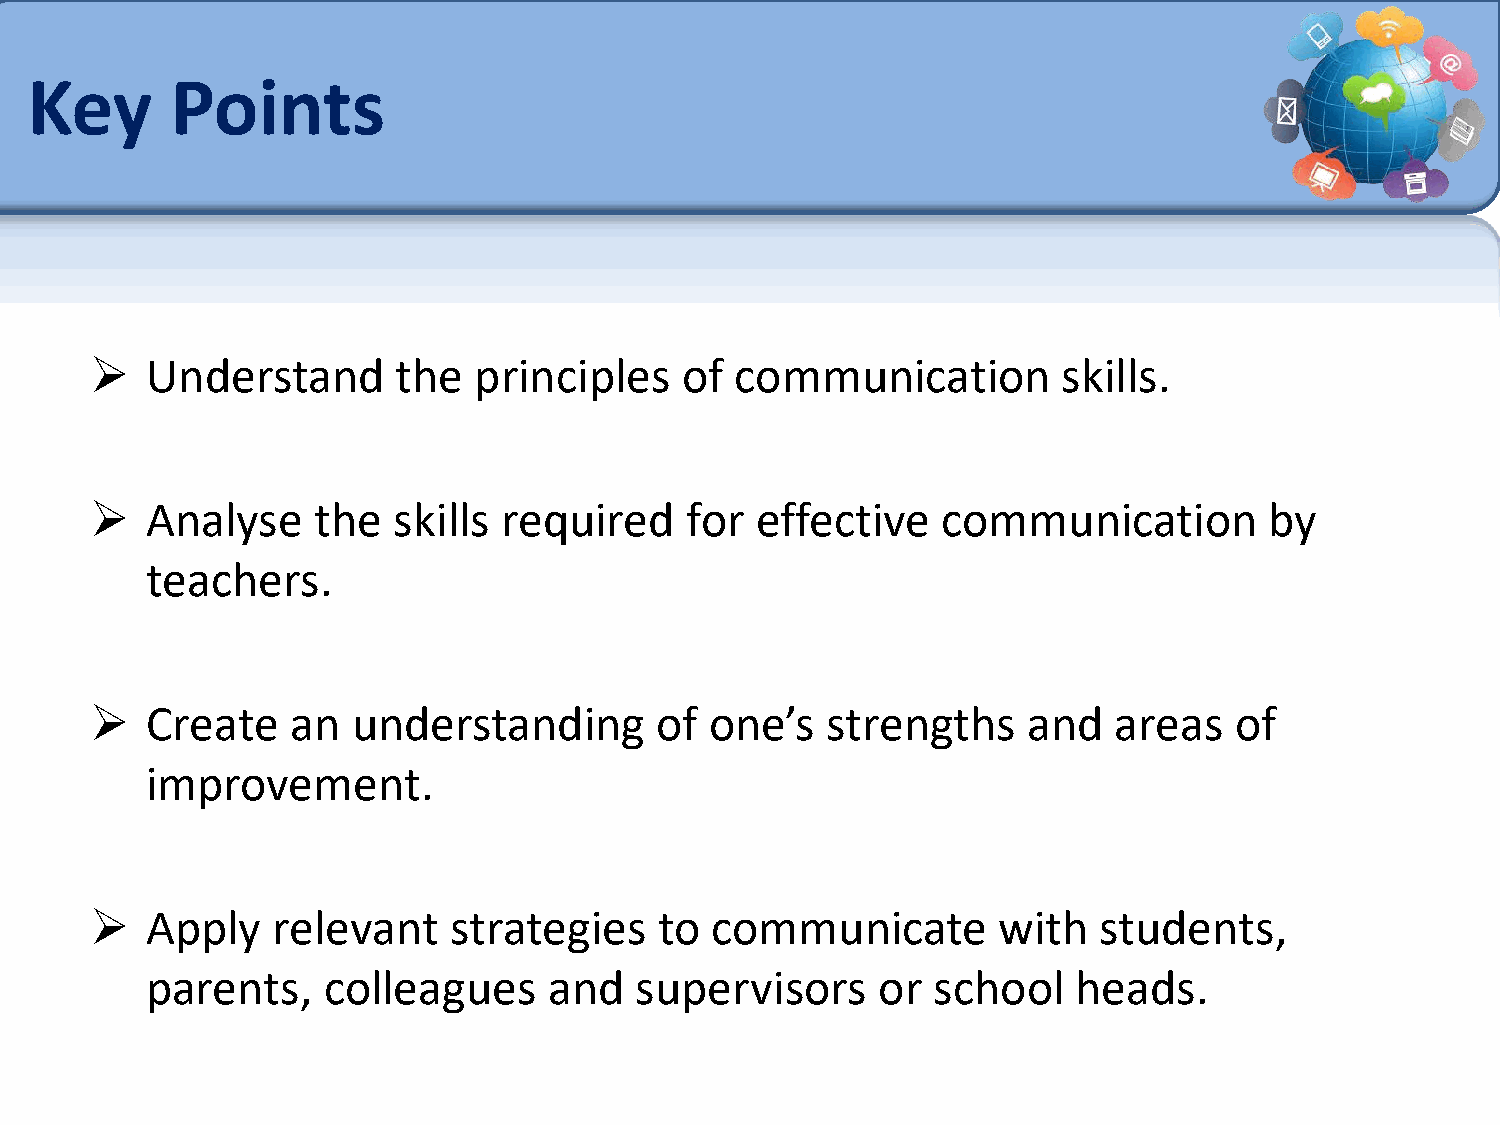
Key      Points
    Understand      the  principles    of  communication        skills.
    Analyse    the  skills required    for  effective   communication         by
 teachers.
    Create   an  understanding       of  one’s   strengths    and   areas   of
 improvement.
    Apply   relevant    strategies    to communicate        with   students,
 parents,   colleagues     and   supervisors     or  school   heads.